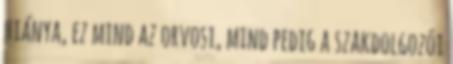
hiánya, ez mind az orvosi, mind pedig a szakdolgozói